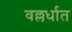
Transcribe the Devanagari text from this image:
वल्लर्धात